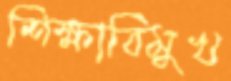
শিক্ষাবিমুখ